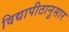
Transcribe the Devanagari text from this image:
विद्यापीठानुसार